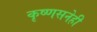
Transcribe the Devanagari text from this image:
कृष्णसनेही